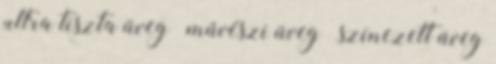
ultra tiszta üveg művészi üveg színezett üveg